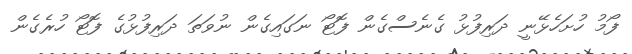
ފޯމު ހުށަހެޅޭނީ ދަރިފުޅު ގެނެސްގެން ފޮޓޯ ނަގައިގެން ނުވަތަ ދަރިފުޅުގެ ފޮޓޯ ހުރެގެން